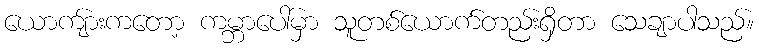
ယောကျ်ားကတော့ ကမ္ဘာပေါ်မှာ သူတစ်ယောက်တည်းရှိတာ သေချာပါသည်။